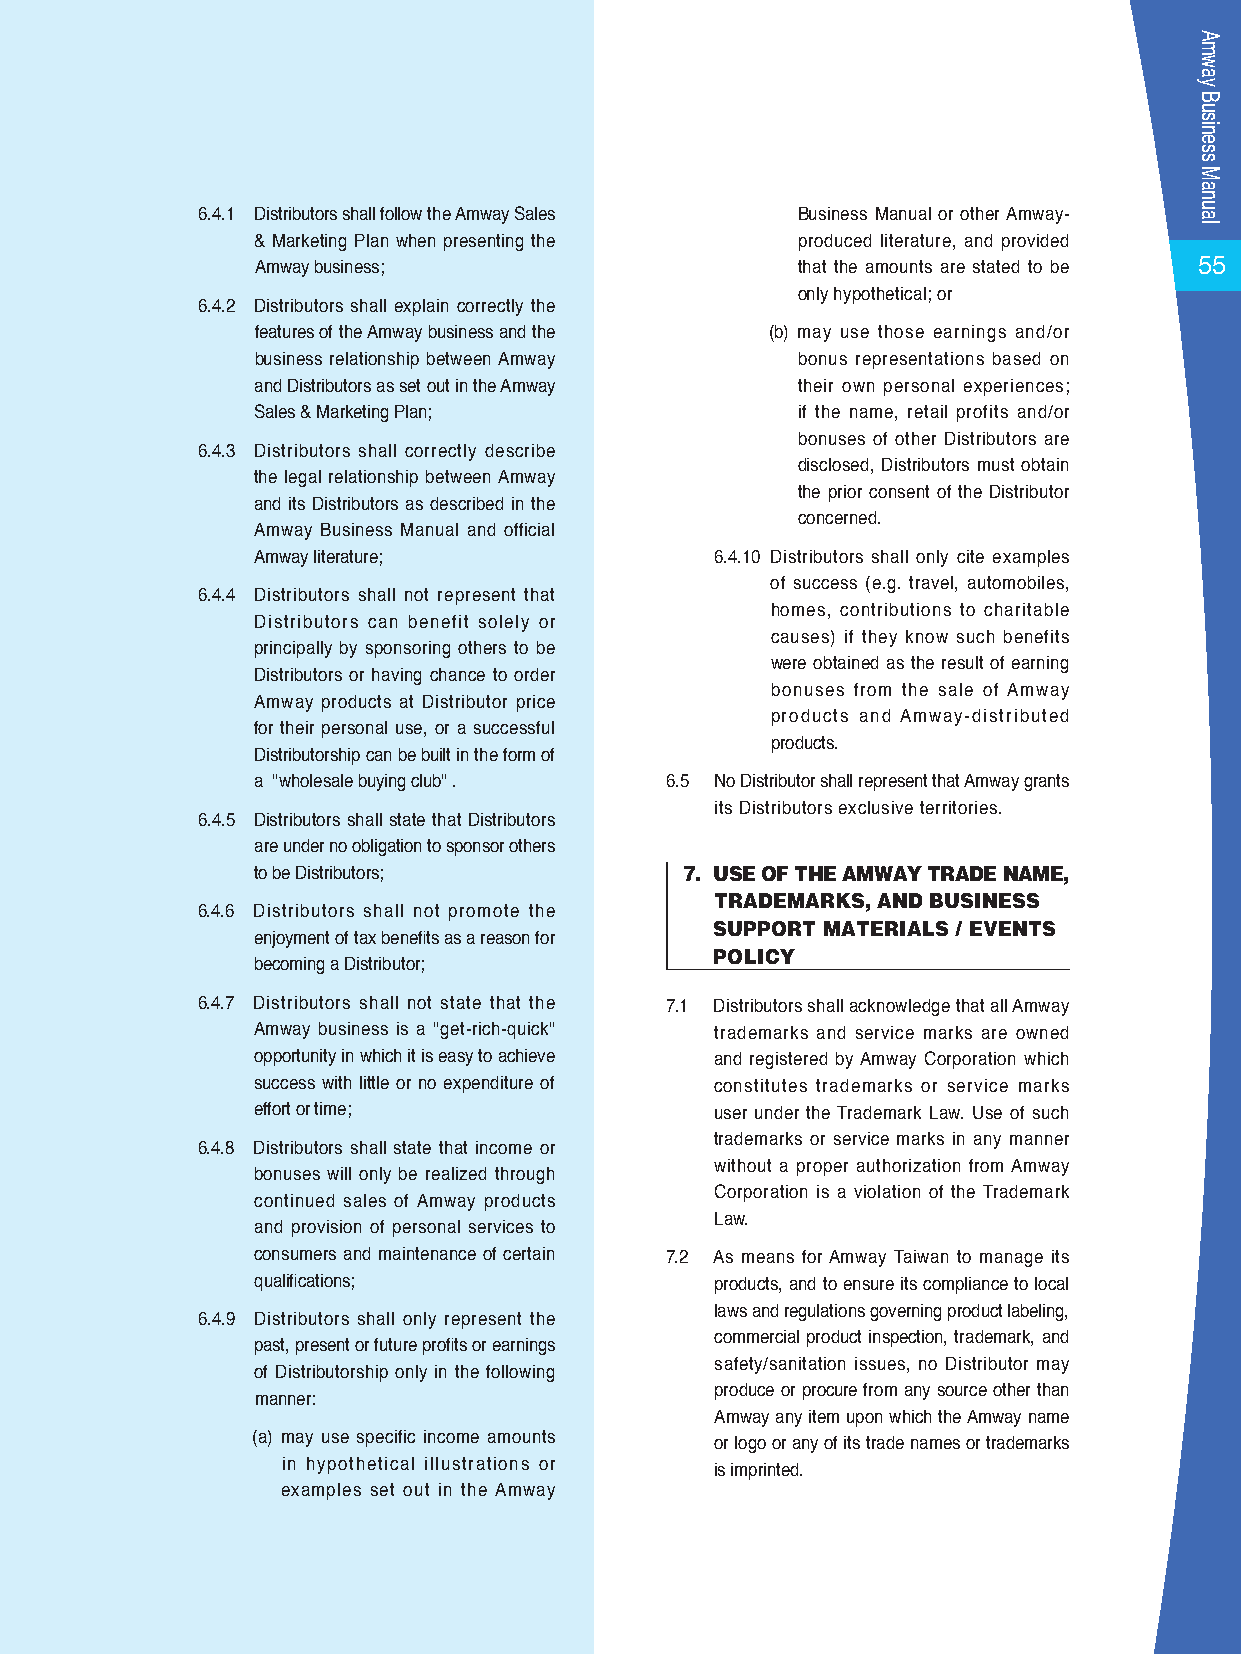
6.4.1 Distributors shall follow the Amway Sales Business Manual or other Amway-
 & Marketing Plan when presenting the produced literature, and provided
 55
 Amway business;                     that the amounts are stated to be
 only hypothetical; or
 6.4.2 Distributors shall explain correctly the
 features of the Amway business and the (b) may use those earnings and/or
 business relationship between Amway bonus representations based on
 and Distributors as set out in the Amway their own personal experiences;
 Sales & Marketing Plan;             if the name, retail profits and/or
 bonuses of other Distributors are
 6.4.3 Distributors shall correctly describe
 disclosed, Distributors must obtain
 the legal relationship between Amway
 the prior consent of the Distributor
 and its Distributors as described in the
 concerned.
 Amway Business Manual and official
 Amway literature;             6.4.10 Distributors shall only cite examples
 of success (e.g. travel, automobiles,
 6.4.4 Distributors shall not represent that
 homes, contributions to charitable
 Distributors can benefit solely or
 causes) if they know such benefits
 principally by sponsoring others to be
 were obtained as the result of earning
 Distributors or having chance to order
 bonuses from the sale of Amway
 Amway products at Distributor price
 products and Amway-distributed
 for their personal use, or a successful
 products.
 Distributorship can be built in the form of
 a "wholesale buying club" . 6.5 No Distributor shall represent that Amway grants
 its Distributors exclusive territories.
 6.4.5 Distributors shall state that Distributors
 are under no obligation to sponsor others
 to be Distributors;         7. USE OF THE AMWAY TRADE NAME,
 TRADEMARKS, AND BUSINESS
 6.4.6 Distributors shall not promote the
 SUPPORT MATERIALS / EVENTS
 enjoyment of tax benefits as a reason for
 POLICY
 becoming a Distributor;
 6.4.7 Distributors shall not state that the 7.1 Distributors shall acknowledge that all Amway
 Amway business is a "get-rich-quick" trademarks and service marks are owned
 opportunity in which it is easy to achieve and registered by Amway Corporation which
 success with little or no expenditure of constitutes trademarks or service marks
 effort or time;               user under the Trademark Law. Use of such
 trademarks or service marks in any manner
 6.4.8 Distributors shall state that income or
 without a proper authorization from Amway
 bonuses will only be realized through
 Corporation is a violation of the Trademark
 continued sales of Amway products
 Law.
 and provision of personal services to
 consumers and maintenance of certain 7.2 As means for Amway Taiwan to manage its
 qualifications;               products, and to ensure its compliance to local
 laws and regulations governing product labeling,
 6.4.9 Distributors shall only represent the
 commercial product inspection, trademark, and
 past, present or future profits or earnings
 safety/sanitation issues, no Distributor may
 of Distributorship only in the following
 produce or procure from any source other than
 manner:
 Amway any item upon which the Amway name
 (a) may use specific income amounts
 or logo or any of its trade names or trademarks
 in hypothetical illustrations or
 is imprinted.
 examples set out in the Amway
 AWFW9D42-D85.indd 55                                                2009/10/13 8:49:55 AM
 Amway
 Business
 Manual